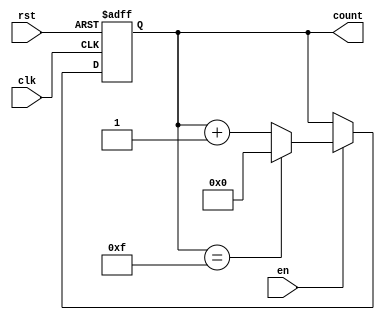
module modulus_counter #(
    parameter N = 16  // Modulus value: configurable parameter
)(
    input wire clk,    // Clock signal
    input wire rst,    // Asynchronous active-high reset
    input wire en,     // Enable signal
    output reg [clog2(N)-1:0] count  // Output current count value
);

// Function to calculate the ceiling of log2(N)
function integer clog2;
    input integer value;
    begin
        value = value - 1;
        for (clog2 = 0; value > 0; clog2 = clog2 + 1)
            value = value >> 1;
    end
endfunction

// Always block for counter operation
always @(posedge clk or posedge rst) begin
    if (rst) begin
        count <= 0;  // Reset count to 0
    end else if (en) begin
        if (count == N-1) begin
            count <= 0;  // Wrap around to 0
        end else begin
            count <= count + 1;  // Increment count
        end
    end
end

endmodule